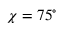
\chi = 7 5 ^ { \circ }